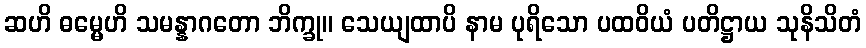
ဆဟိ ဓမ္မေဟိ သမန္နာဂတော ဘိက္ခု။ သေယျထာပိ နာမ ပုရိသော ပထဝိယံ ပတိဋ္ဌာယ သုနိသိတံ